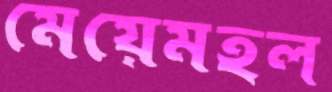
মেয়েমহল